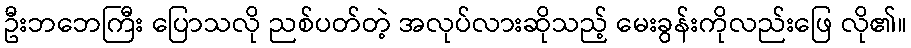
ဦးဘဘေကြီး ပြောသလို ညစ်ပတ်တဲ့ အလုပ်လားဆိုသည့် မေးခွန်းကိုလည်းဖြေ လို၏။